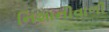
નિશાનીવાળી